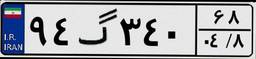
۹۴گ۳۴۰۶۸